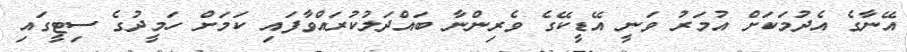
އޭނާގެ އެދުމަކަށް އުމަރު ވަނީ އޭޑީކޭގެ ވެރިންނާ ބައްދަލުކުރައްވާފައި ކަމަށް ހަމީދުގެ ސިޓީގައި